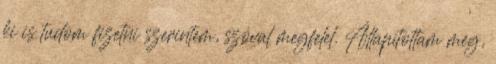
ki is tudom fizetni szerintem, szóval megfelel. Állapítottam meg,